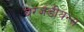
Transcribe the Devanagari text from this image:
बरजंडीयन्स